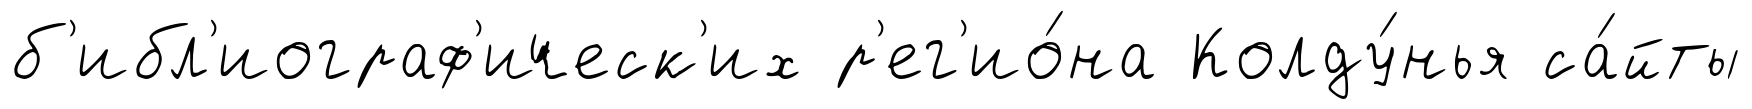
б'ибл'иограф'ическ'их р'ег'ио́на Колду́нья са́йты